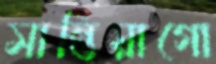
সান্তিয়াগো